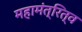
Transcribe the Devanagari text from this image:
महामंत्रित्व